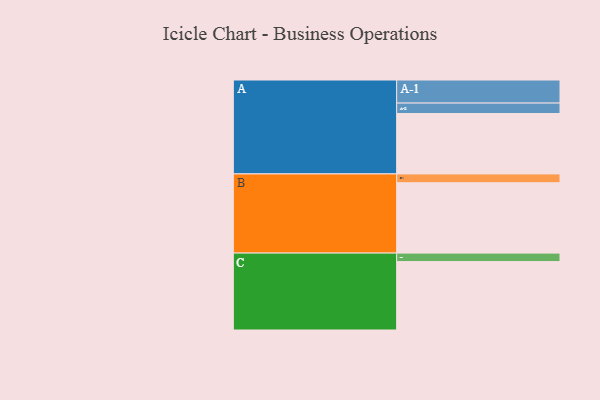
{"axis": {"x": "Segment", "y": "Value"}, "legend": ["", "A", "B", "C"], "data": [{"x": "A", "y": 369, "type": ""}, {"x": "B", "y": 430, "type": ""}, {"x": "C", "y": 418, "type": ""}, {"x": "A-1", "y": 141, "type": "A"}, {"x": "A-2", "y": 64, "type": "A"}, {"x": "B-1", "y": 54, "type": "B"}, {"x": "C-1", "y": 52, "type": "C"}]}